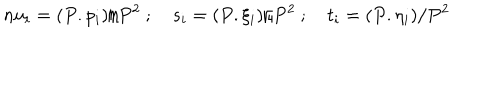
LaTeX: \, n u _ { i } = ( P . p _ { i } ) / P ^ { 2 } \ ; \quad s _ { i } = ( P . \xi _ { i } ) / P ^ { 2 } \ ; \quad t _ { i } = ( P . \eta _ { i } ) / P ^ { 2 }